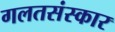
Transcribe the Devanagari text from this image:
गलतसंस्कार